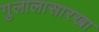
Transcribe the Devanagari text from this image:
गुलालासारखा